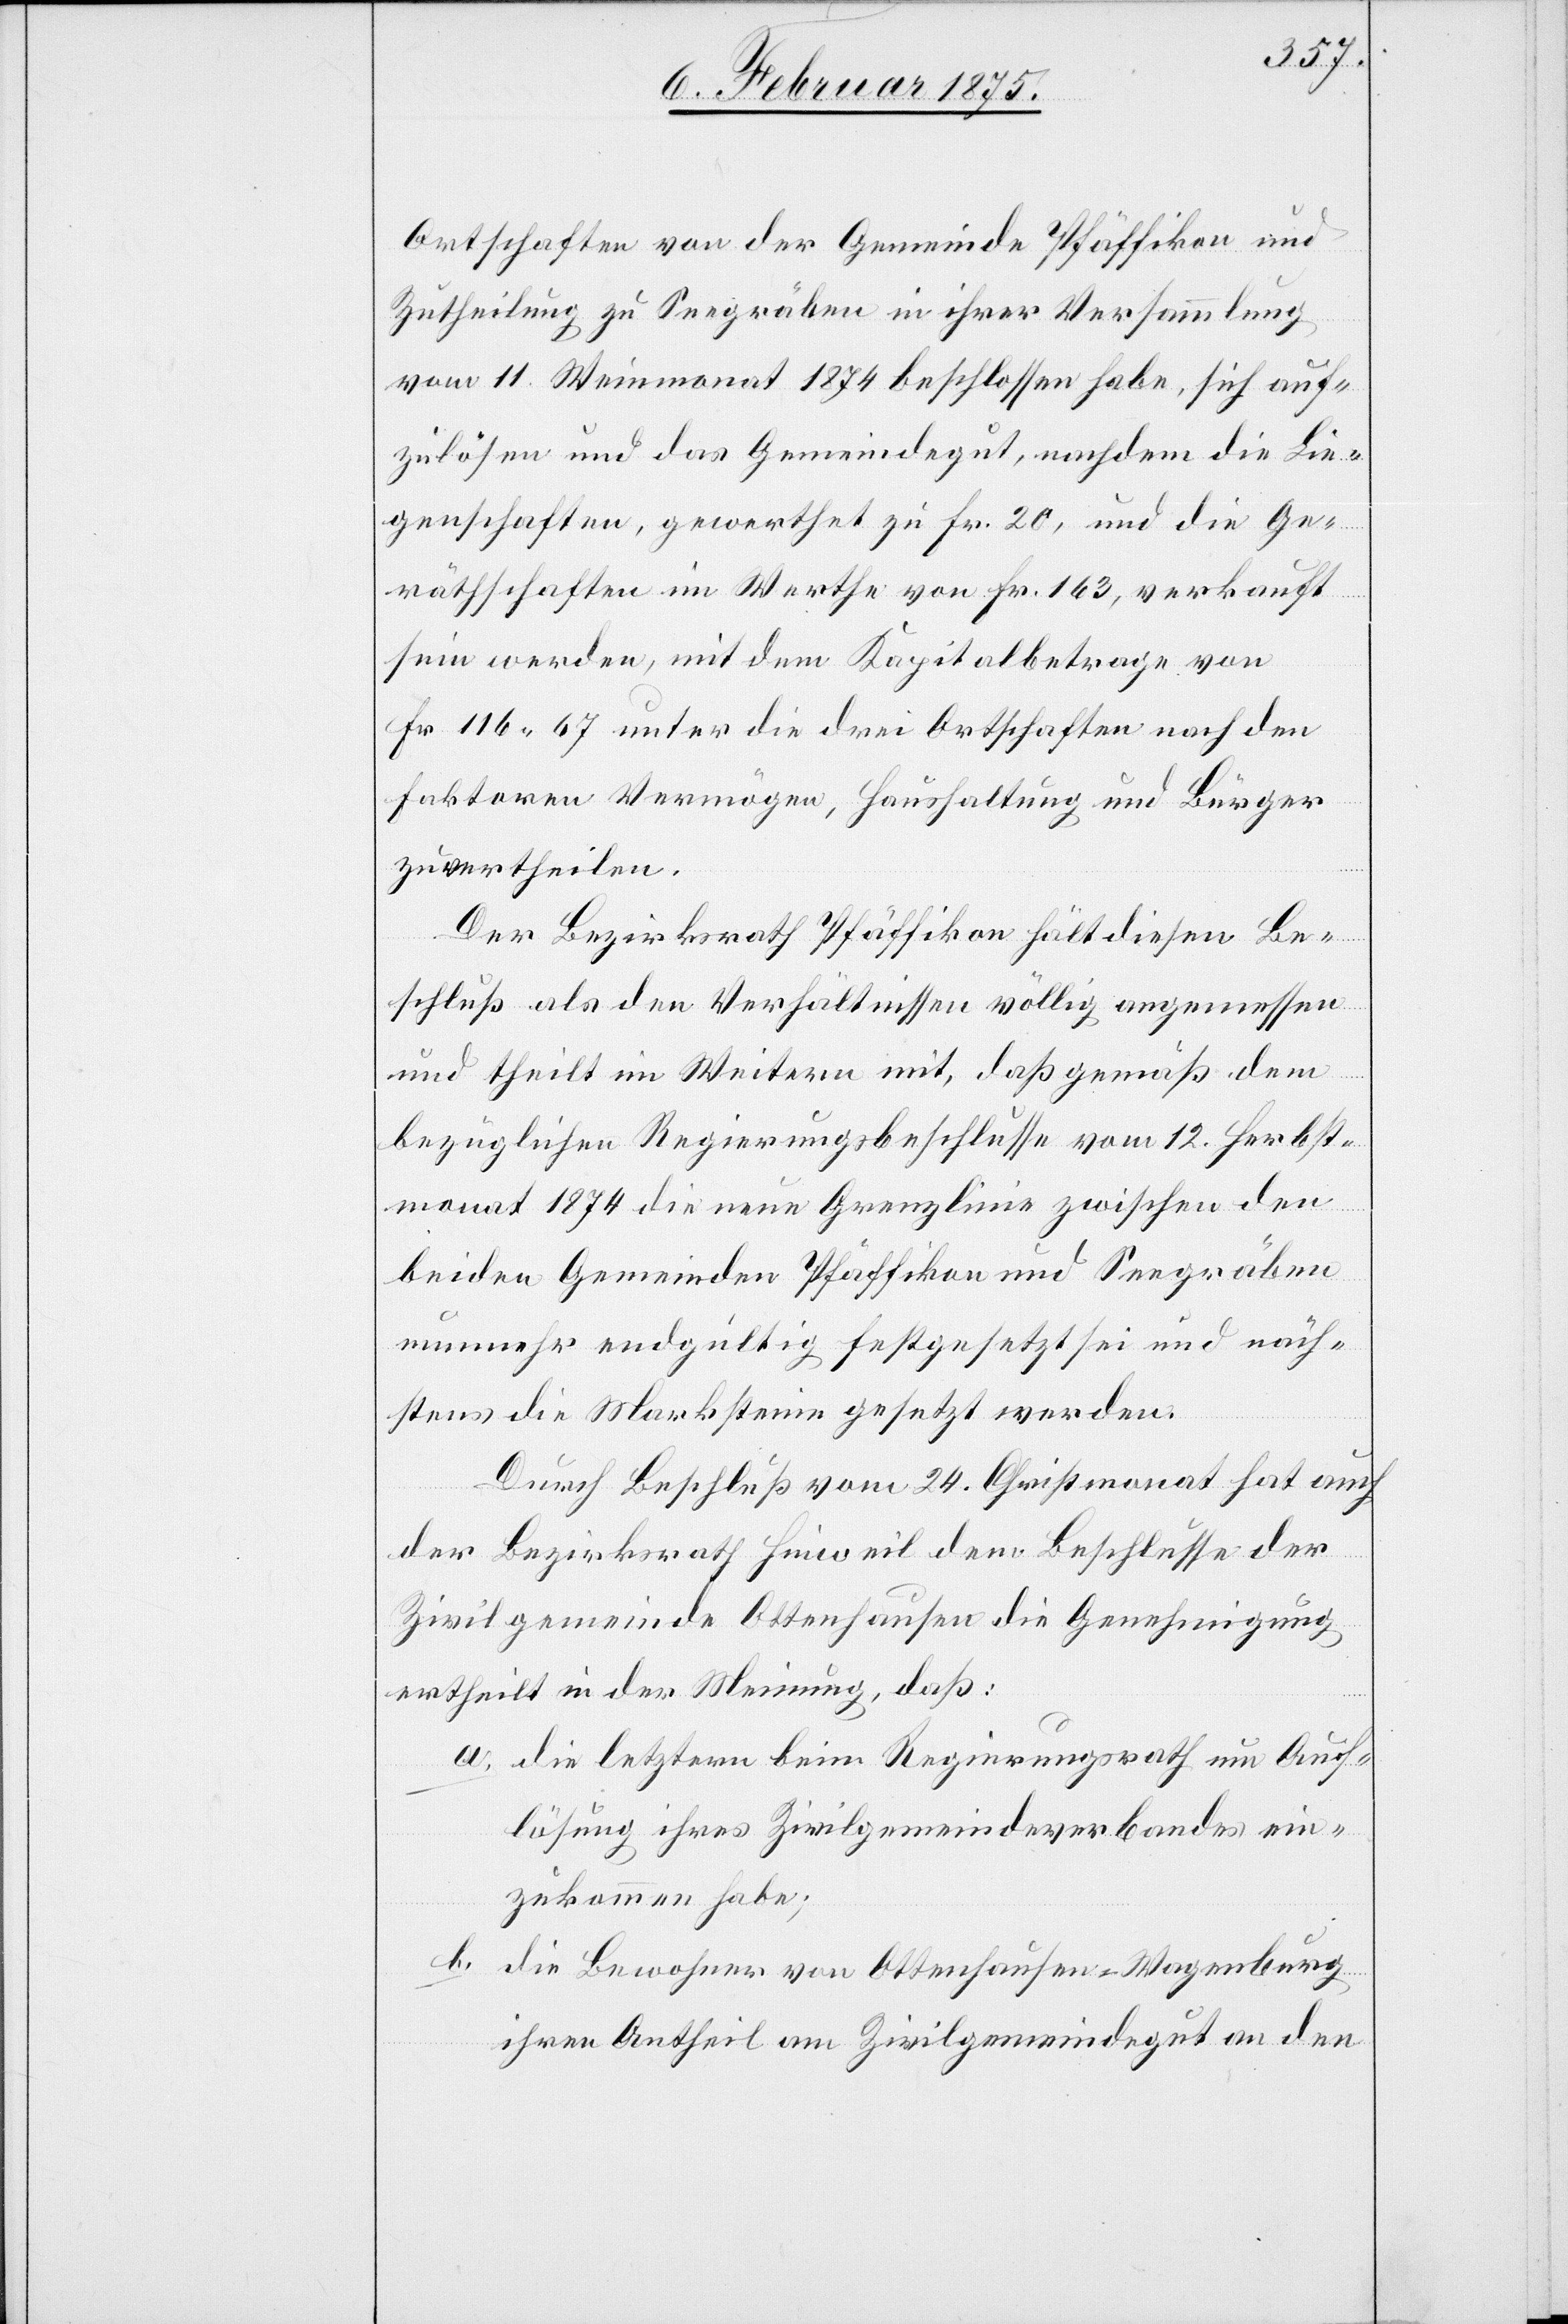
Ortschaften von der Gemeinde Pfäffikon und
Zutheilung zu Seegräben in ihrer Versammlung
vom 11. Weinmonat 1874 beschlossen habe, sich auf¬
zulösen und das Gemeindegut, nachdem die Lie¬
genschaften, gewerthet zu Fr. 20, und die Ge¬
räthschaften im Werthe von Fr. 163, verkauft
sein werden, mit dem Kapitalbetrage von
Fr. 166. 67 unter die drei Ortschaften nach den
Faktoren Vermögen, Haushaltung und Bürger
zu vertheilen.
Der Bezirksrath Pfäffikon hält diesen Be¬
schluß als den Verhältnissen völlig angemessen
und theilt im Weitern mit, daß gemäß dem
bezüglichen Regierungbeschlusse vom 12. Herbst¬
monat 1874 die neue Grenzlinie zwischen den
beiden Gemeinden Pfäffikon und Seegräben
nunmehr endgültig festgesetzt sei und näch¬
stens die Marksteine gesetzt werden.
Durch Beschluß vom 24. Christmonat hat auch
der Bezirksrath Hinweil dem Beschlusse der
Zivilgemeinde Ottenhausen die Genehmigung
ertheilt in der Meinung, daß:
a. die letztern beim Regierungsrath um Auf¬
lösung ihres Zivilgemeindeverbandes ein¬
zukommen habe;
b.
die Bewohner von Ottenhausen-Wagenburg
ihren Antheil am Zivilgemeindegut an den